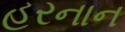
હરનાન